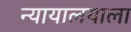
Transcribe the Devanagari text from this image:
न्यायालयाला